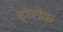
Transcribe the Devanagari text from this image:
ट्रेलेक